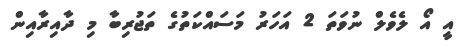
އީ އޯ ލެވެލް ނުވަތަ 2 އަހަރު މަސައްކަތުގެ ތަޖުރިބާ މި ދާއިރާއިން